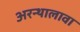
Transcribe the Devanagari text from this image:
अरन्थालावा